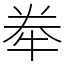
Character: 牶